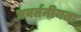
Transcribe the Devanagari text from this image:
प्रवर्तनीयता